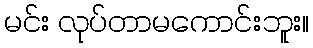
မင်း လုပ်တာမကောင်းဘူး။